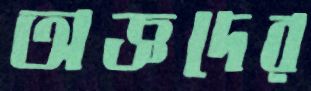
অজ্ঞদের